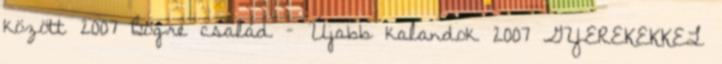
között 2007 Bögre család – Újabb kalandok 2007 GYEREKEKKEL